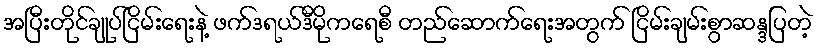
အပြီးတိုင်ချုပ်ငြိမ်းရေးနဲ့ ဖက်ဒရယ်ဒီမိုကရေစီ တည်ဆောက်ရေးအတွက် ငြိမ်းချမ်းစွာဆန္ဒပြတဲ့